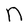
Character: n